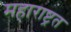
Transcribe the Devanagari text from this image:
महाराष्ट्रत